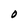
Character: O